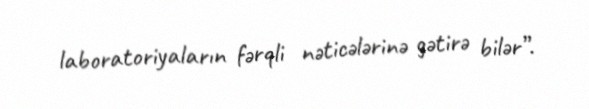
laboratoriyaların fərqli nəticələrinə gətirə bilər”.